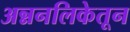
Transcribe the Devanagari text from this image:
अन्ननलिकेतून